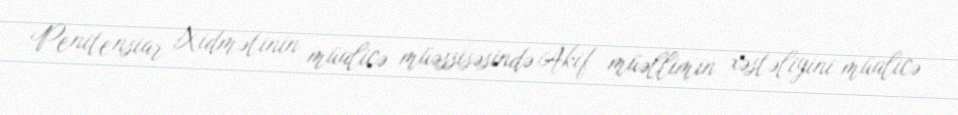
Penitensiar Xidmətinin müalicə müəssisəsində Akif müəllimin xəstəliyini müalicə